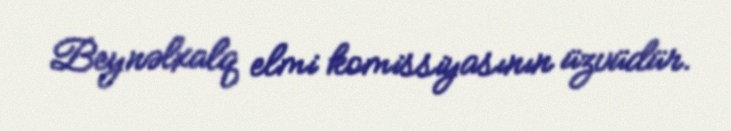
Beynəlxalq elmi komissiyasının üzvüdür.